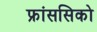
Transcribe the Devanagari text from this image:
फ्रांससिको